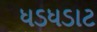
ધડધડાટ